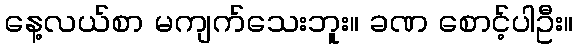
နေ့လယ်စာ မကျက်သေးဘူး။ ခဏ စောင့်ပါဦး။